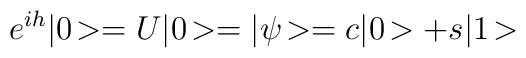
e^{ih}|0\!> = U|0\!> = |\psi\!> = c|0\!>+s|1\!>